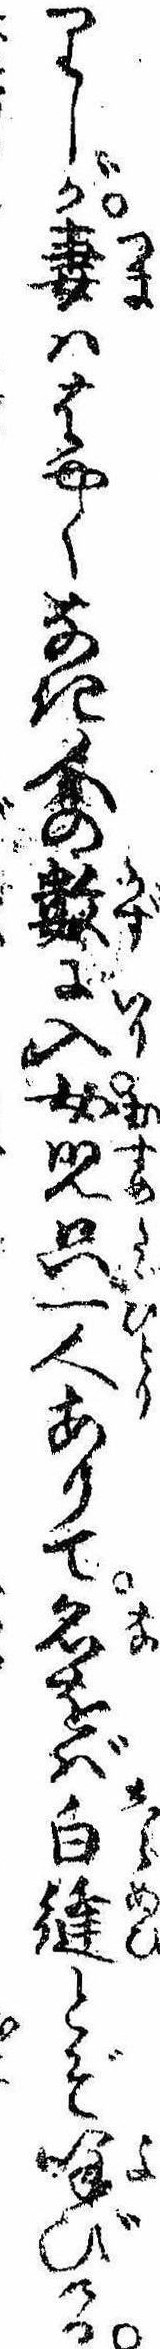
りしが妻ははやくなき人の数に入女児只一人ありて名をば白縫とぞ呼びける